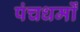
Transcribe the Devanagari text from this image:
पंचधर्मों